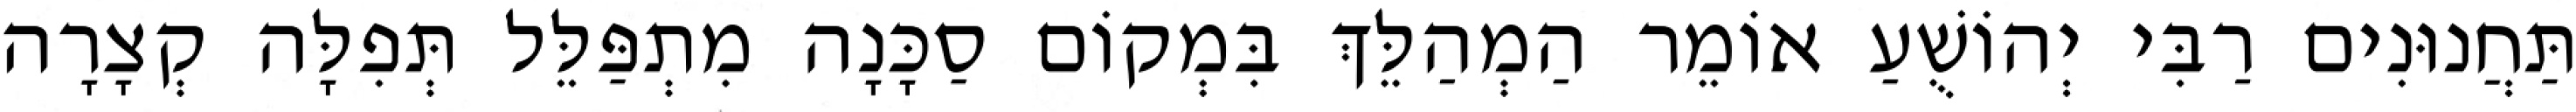
תַּחֲנוּנִים רַבִּי יְהוֹשֻׁעַ אוֹמֵר הַמְהַלֵּךְ בִּמְקוֹם סַכָּנָה מִתְפַּלֵּל תְּפִלָּה קְצָרָה